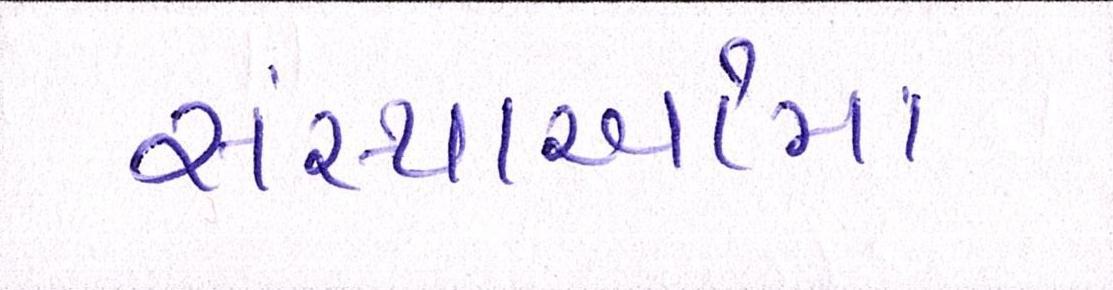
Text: સંસ્થાઓમાં